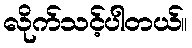
လိုက်သင့်ပါတယ်။